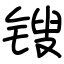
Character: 锼